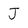
Character: J